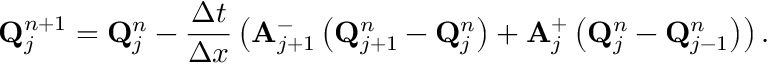
\mathbf { Q } _ { j } ^ { n + 1 } = \mathbf { Q } _ { j } ^ { n } - \frac { \Delta t } { \Delta x } \left( \mathbf { A } _ { j + 1 } ^ { - } \left( \mathbf { Q } _ { j + 1 } ^ { n } - \mathbf { Q } _ { j } ^ { n } \right) + \mathbf { A } _ { j } ^ { + } \left( \mathbf { Q } _ { j } ^ { n } - \mathbf { Q } _ { j - 1 } ^ { n } \right) \right) .